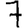
Digit: 7